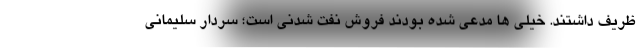
ظریف داشتند. خیلی ها مدعی شده بودند فروش نفت شدنی است؛ سردار سلیمانی